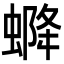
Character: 𧌰